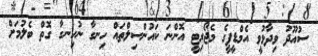
ސުއޫދު ވިދާޅުވީ އެމްޑީޕީގެ މެޖޯރިޓީ އޮންނަ ކައުންސިލްތައް ހިނގާ ނުހިނގާ ގޮތް ބެލުމަށް